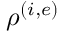
\rho ^ { ( i , e ) }